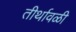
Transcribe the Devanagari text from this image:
तीर्थावळी